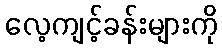
လေ့ကျင့်ခန်းများကို